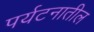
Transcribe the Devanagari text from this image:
पर्यटनातील